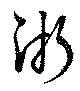
漸